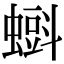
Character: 𧐝